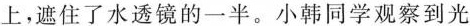
上，遮住了水透镜的一半。小韩同学观察到光